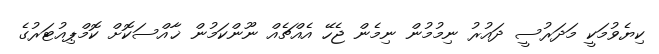
ކިޔެވުމަކީ މަދަރުސީ ދައުރު ނިމުމުން ނިމެން ޖެހޭ އެއްޗެއް ނޫންކަމުން ޚާއްސަކޮށް ކޮމްޕިއުޓަރުގެ